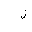
Letter: _lam